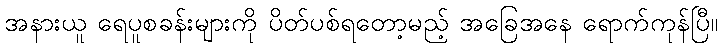
အနားယူ ရေပူစခန်းများကို ပိတ်ပစ်ရတော့မည့် အခြေအနေ ရောက်ကုန်ပြီ။